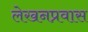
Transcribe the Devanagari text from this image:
लेखनप्रवास